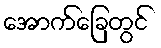
အောက်ခြေတွင်